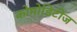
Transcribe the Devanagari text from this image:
कोमोडिटीज